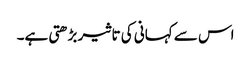
اس سے کہانی کی تاثیر بڑھتی ہے۔